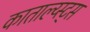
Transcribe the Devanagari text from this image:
काताल्य्स्ट्स